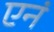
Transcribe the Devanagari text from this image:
एनं